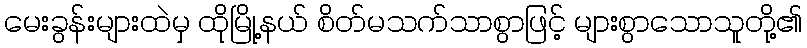
မေးခွန်းများထဲမှ ထိုမြို့နယ် စိတ်မသက်သာစွာဖြင့် များစွာသောသူတို့၏